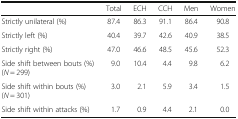
<table><thead><tr><td></td><td><b>Total</b></td><td><b>ECH</b></td><td><b>CCH</b></td><td><b>Men</b></td><td><b>Women</b></td></tr></thead><tbody><tr><td>Strictly unilateral (%)</td><td>87.4</td><td>86.3</td><td>91.1</td><td>86.4</td><td>90.8</td></tr><tr><td>Strictly left (%)</td><td>40.4</td><td>39.7</td><td>42.6</td><td>40.9</td><td>38.5</td></tr><tr><td>Strictly right (%)</td><td>47.0</td><td>46.6</td><td>48.5</td><td>45.6</td><td>52.3</td></tr><tr><td>Side shift between bouts (%) (<i>N</i> = 299)</td><td>9.0</td><td>10.4</td><td>4.4</td><td>9.8</td><td>6.2</td></tr><tr><td>Side shift within bouts (%) (<i>N</i> = 301)</td><td>3.0</td><td>2.1</td><td>5.9</td><td>3.4</td><td>1.5</td></tr><tr><td>Side shift within attacks (%)</td><td>1.7</td><td>0.9</td><td>4.4</td><td>2.1</td><td>0.0</td></tr></tbody></table>